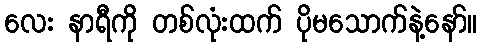
လေး နာရီကို တစ်လုံးထက် ပိုမသောက်နဲ့နော်။